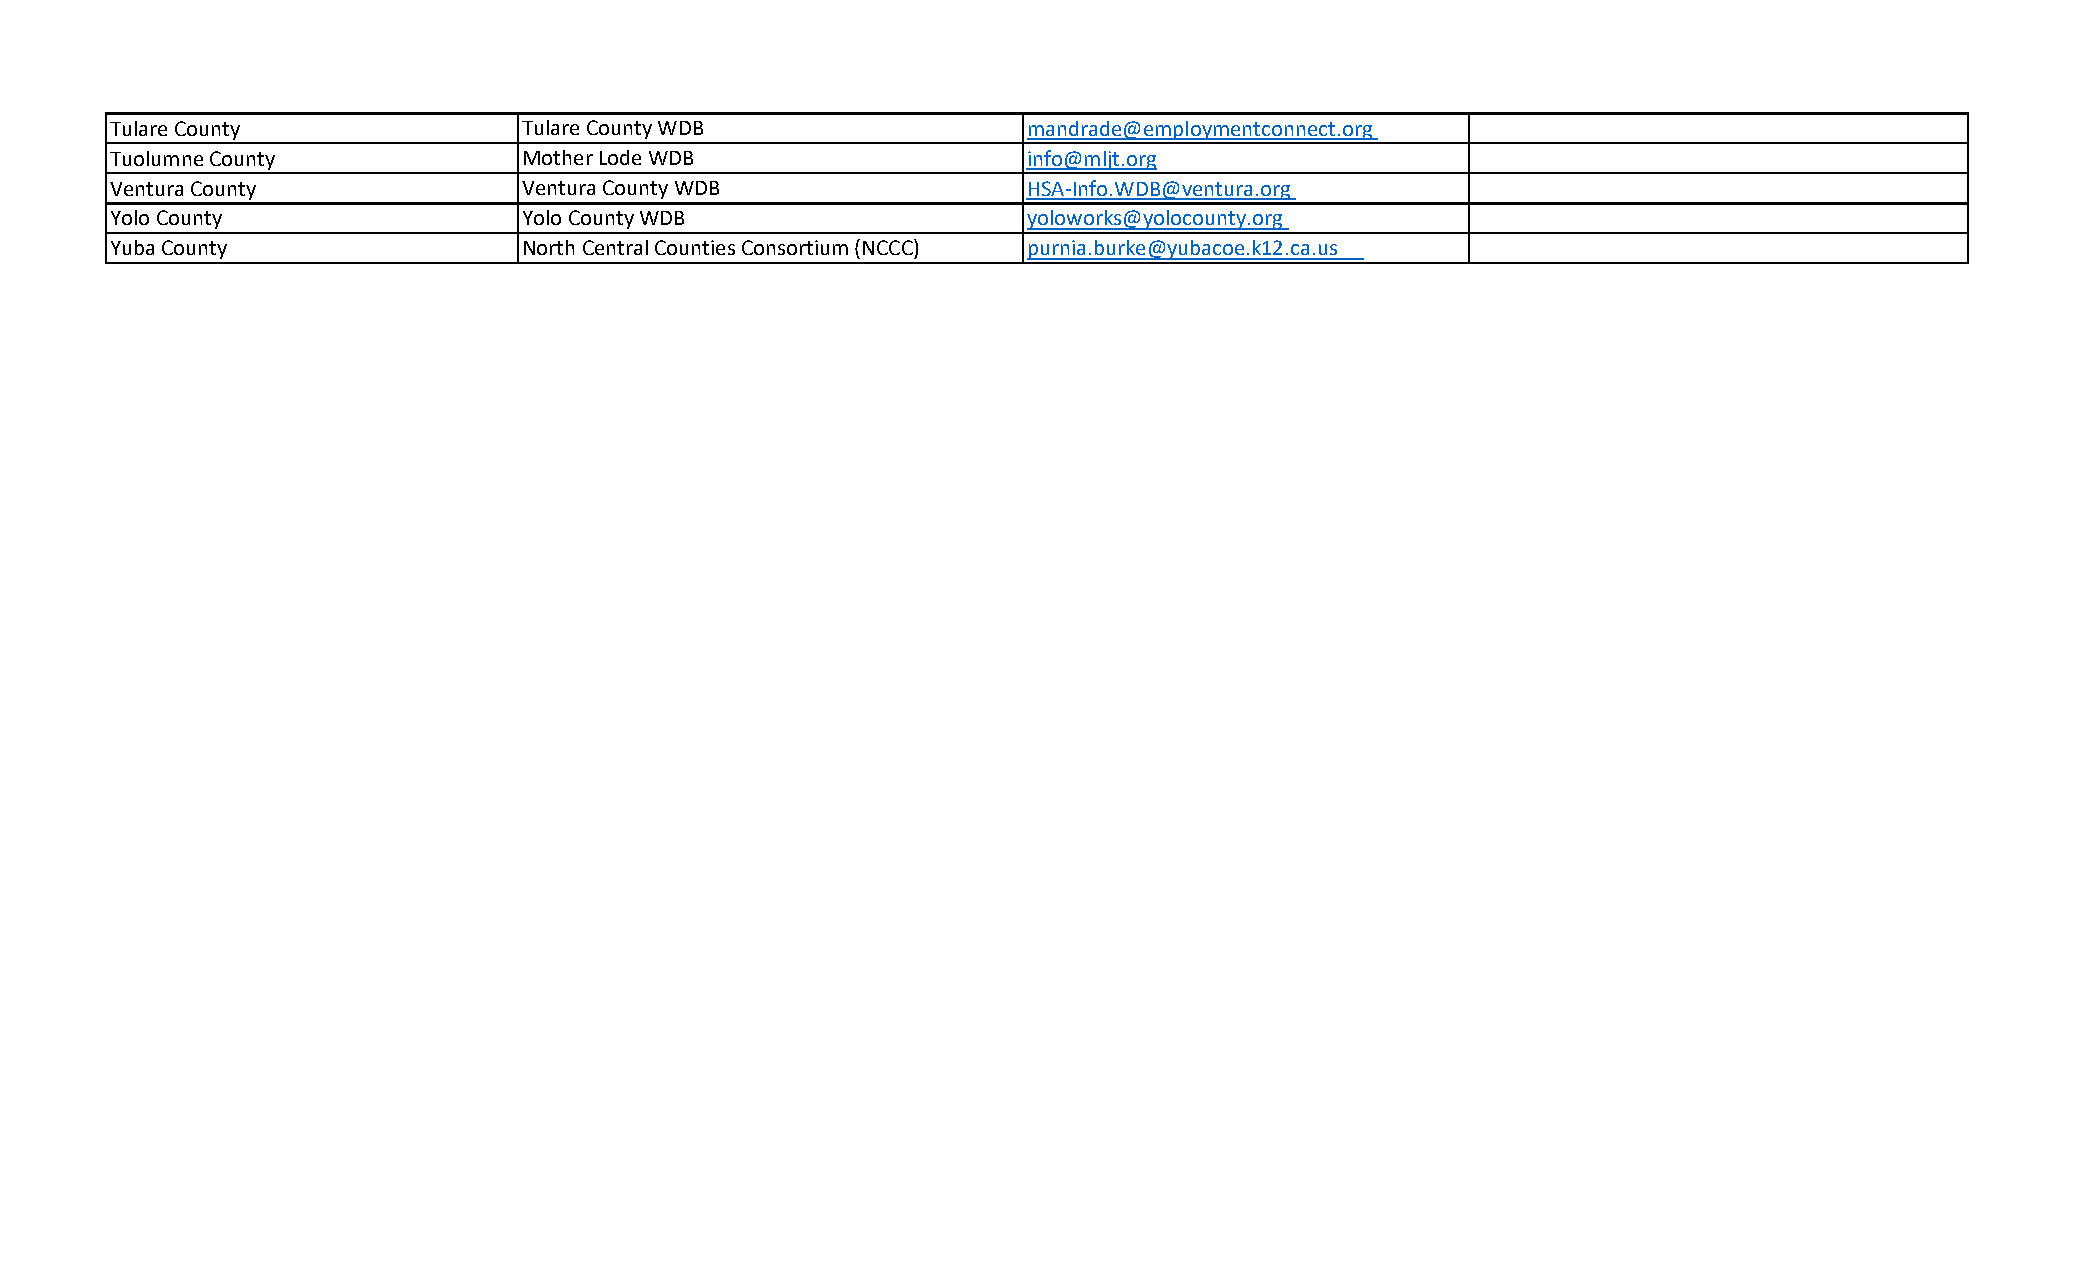
Tulare County               Tulare County WDB                mandrade@employmentconnect.org
 Tuolumne County             Mother Lode WDB                  info@mljt.org
 Ventura County              Ventura County WDB               HSA‐Info.WDB@ventura.org
 Yolo County                 Yolo County WDB                  yoloworks@yolocounty.org
 Yuba County                 North Central Counties Consortium (NCCC) purnia.burke@yubacoe.k12.ca.us